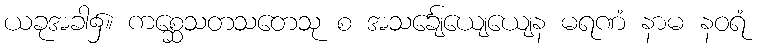
ယခုအခါ၌။ ကစ္ဆေသတသတေသု စ အသင်္ချေယျေယျေန မရဏံ နာမ နဝရံ